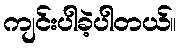
ကျင်းပါခဲ့ပါတယ်။